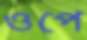
ওপে